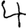
Digit: 4